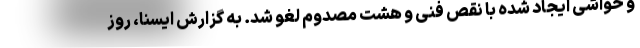
و حواشی ایجاد شده با نقص فنی و هشت مصدوم لغو شد. به گزارش ایسنا، روز